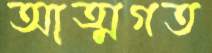
আত্মগত